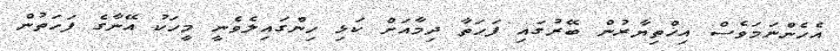
އެހެންނަމަވެސް އިޚްތިޔާރުން ބޭރުގައި ފަހަތާ ދިމާއަށް ކަޅި ހިންގައިލެވެނީ މީހަކު އޭނާގެ ފަހަތުން